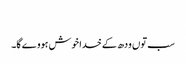
‏
سب توں ودھ کے خدا خوش ہووے گا۔